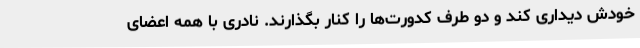
خودش دیداری کند و دو طرف کدورت‌ها را کنار بگذارند. نادری با همه اعضای